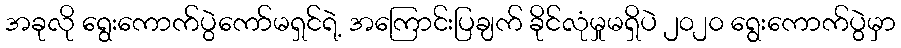
အခုလို ရွေးကောက်ပွဲကော်မရှင်ရဲ့ အကြောင်းပြချက် ခိုင်လုံမှုမရှိပဲ ၂၀၂၀ ရွေးကောက်ပွဲမှာ